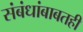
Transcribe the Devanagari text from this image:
संबंधांबाबतही